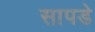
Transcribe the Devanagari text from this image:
सापडे